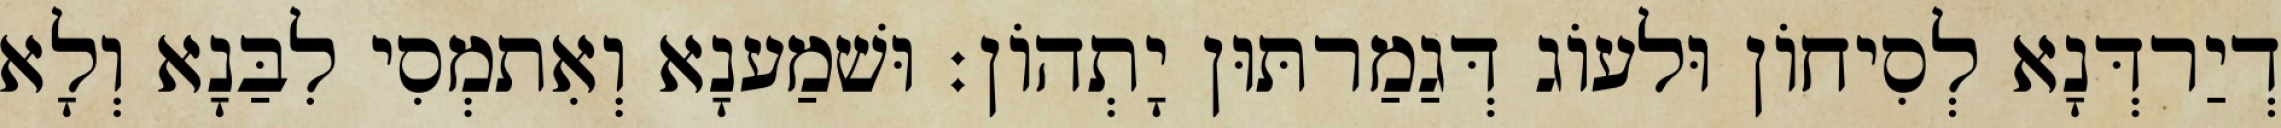
דְיַרדְּנָא לְסִיחוֹן וּלעוֹג דְּגַמַרתּוּן יָתְהוֹן׃ וּשׁמַענָא וְאִתמְסִי לִבַּנָא וְלָא